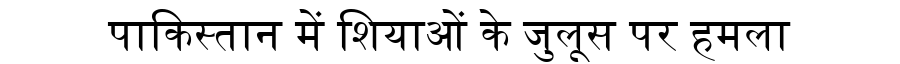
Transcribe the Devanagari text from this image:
पाकिस्तान में शियाओं के जुलूस पर हमला